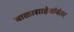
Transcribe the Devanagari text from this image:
बाळासाहेबांनंतर